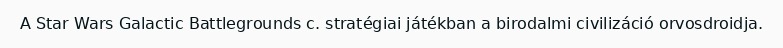
A Star Wars Galactic Battlegrounds c. stratégiai játékban a birodalmi civilizáció orvosdroidja.